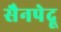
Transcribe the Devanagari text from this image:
सैनपेद्रू